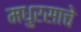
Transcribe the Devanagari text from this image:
मधुरसाचे